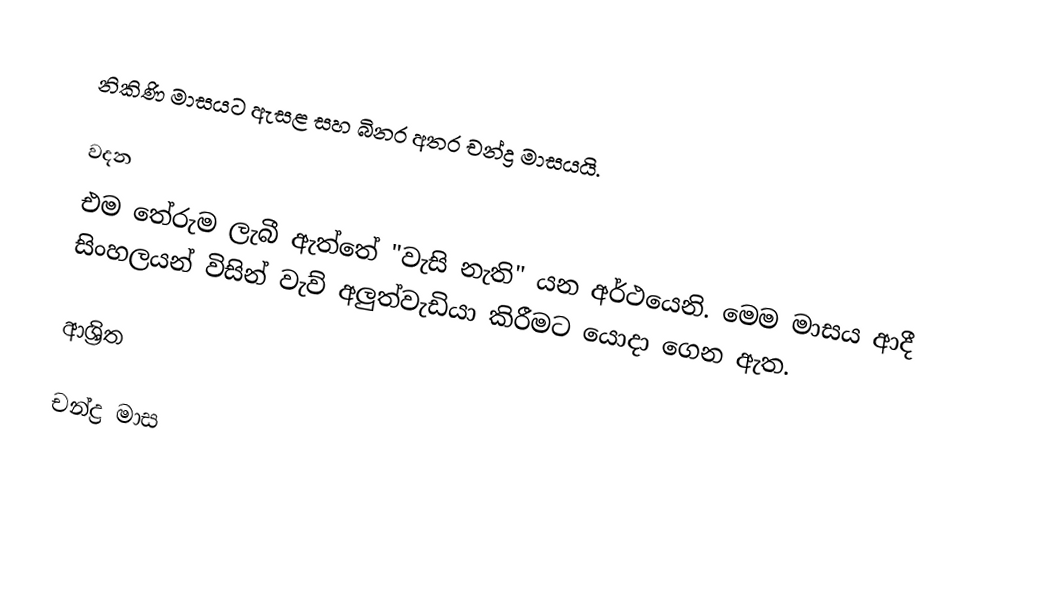
නිකිණි මාසයට ඇසළ සහ බිනර අතර චන්ද්‍ර මාසයයි.

වදන
එම තේරුම ලැබී ඇත්තේ "වැසි නැති" යන අර්ථයෙනි. මෙම මාසය ආදී සිංහලයන් විසින් වැව් අලුත්වැඩියා කිරීමට යොදා ගෙන ඇත.

ආශ්‍රිත

චන්ද්‍ර මාස